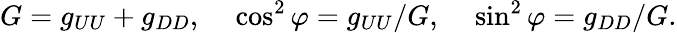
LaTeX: G=g_{UU}+g_{DD},\ \ \ \ \cos^{2}\varphi=g_{UU}/G,\ \ \ \ \sin^{2}\varphi=g_{DD}/G.